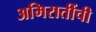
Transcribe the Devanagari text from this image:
अमिरातींची